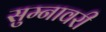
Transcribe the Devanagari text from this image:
सुम्नावरी